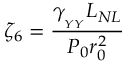
\zeta _ { 6 } = \frac { \gamma _ { _ { _ { Y Y } } } L _ { N L } } { P _ { 0 } r _ { 0 } ^ { 2 } }